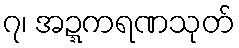
၇၊ အဍ္ဍကရဏသုတ်